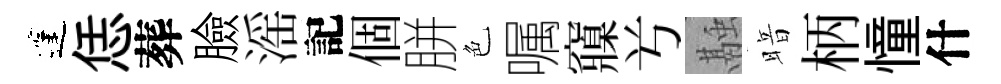
蓬恁葬臉滛記個胼色嘱䆿𠔃融暗柄憧什